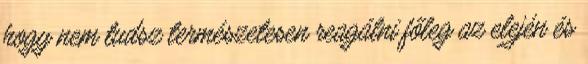
hogy nem tudsz természetesen reagálni főleg az elején és